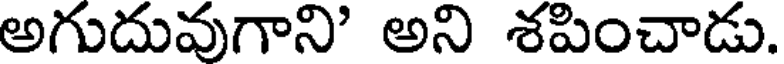
అగుదువుగాని' అని శపించాడు.